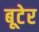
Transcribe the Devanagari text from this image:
बूटेर